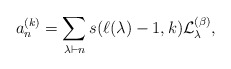
\begin{gather*} a_{n}^{(k)} = \sum_{\lambda \vdash n} s(\ell(\lambda)-1,k) {\cal{L}}_{\lambda}^{(\beta)}, \end{gather*}